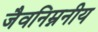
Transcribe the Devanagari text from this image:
जैवनिम्ननीय